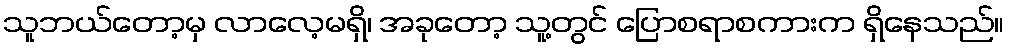
သူဘယ်တော့မှ လာလေ့မရှိ၊ အခုတော့ သူ့တွင် ပြောစရာစကားက ရှိနေသည်။